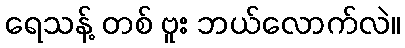
ရေသန့် တစ် ဗူး ဘယ်လောက်လဲ။